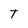
Character: T